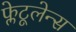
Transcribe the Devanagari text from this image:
फ्लेटूलेन्स